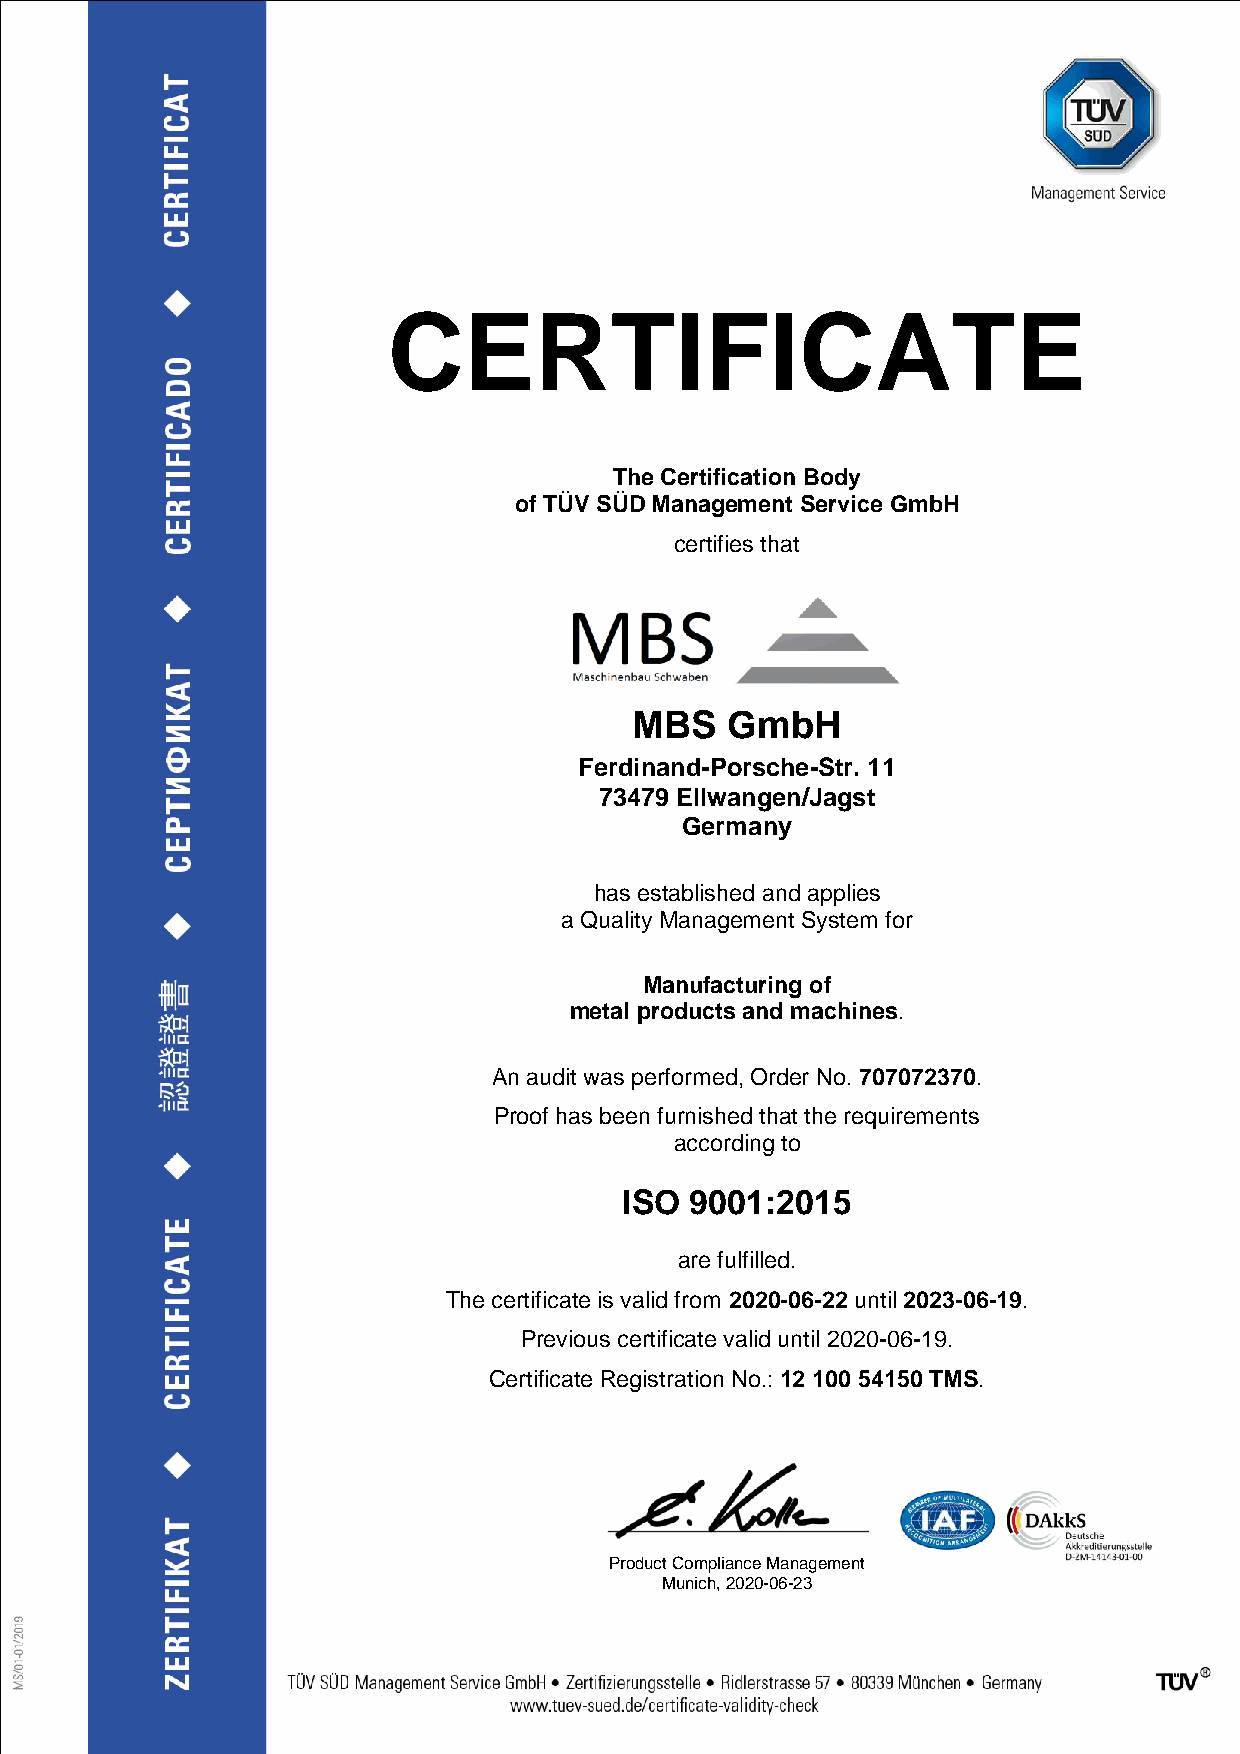
CERTIFICATE
 The Certification Body
 of TÜV SÜD Management Service GmbH
 certifies that
 MBS   GmbH
 Ferdinand-Porsche-Str. 11
 73479 Ellwangen/Jagst
 Germany
 has established and applies
 a Quality Management System for
 Manufacturing of
 metal products and machines.
 An audit was performed, Order No. 707072370.
 Proof has been furnished that the requirements
 according to
 ISO  9001:2015
 are fulfilled.
 The certificate is valid from 2020-06-22 until 2023-06-19.
 Previous certificate valid until 2020-06-19.
 Certificate Registration No.: 12 100 54150 TMS.
 Product Compliance Management
 Munich, 2020-06-23